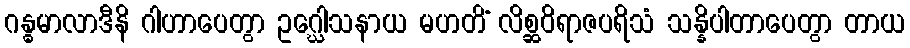
ဂန္ဓမာလာဒီနိ ဂါဟာပေတွာ ဥဂ္ဃေါသနာယ မဟတိံ လိစ္ဆဝိရာဇပရိသံ သန္နိပါတာပေတွာ တာယ